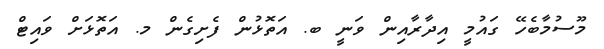
މޫސުމާބެހޭ ގައުމީ އިދާރާއިން ވަނީ ބ. އަތޮޅުން ފެށިގެން މ. އަތޮޅަށް ވައިޓް